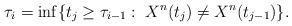
LaTeX: \begin{align*}\tau_{i}=\inf\{ t_j\geq \tau_{i-1}:\; X^{n}(t_{j})\neq X^{n}(t_{j-1})\}.\end{align*}